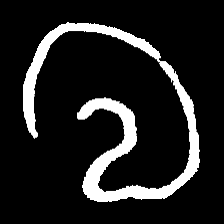
Pyu character \u2014 Myanmar letter: လ (romanized: la)